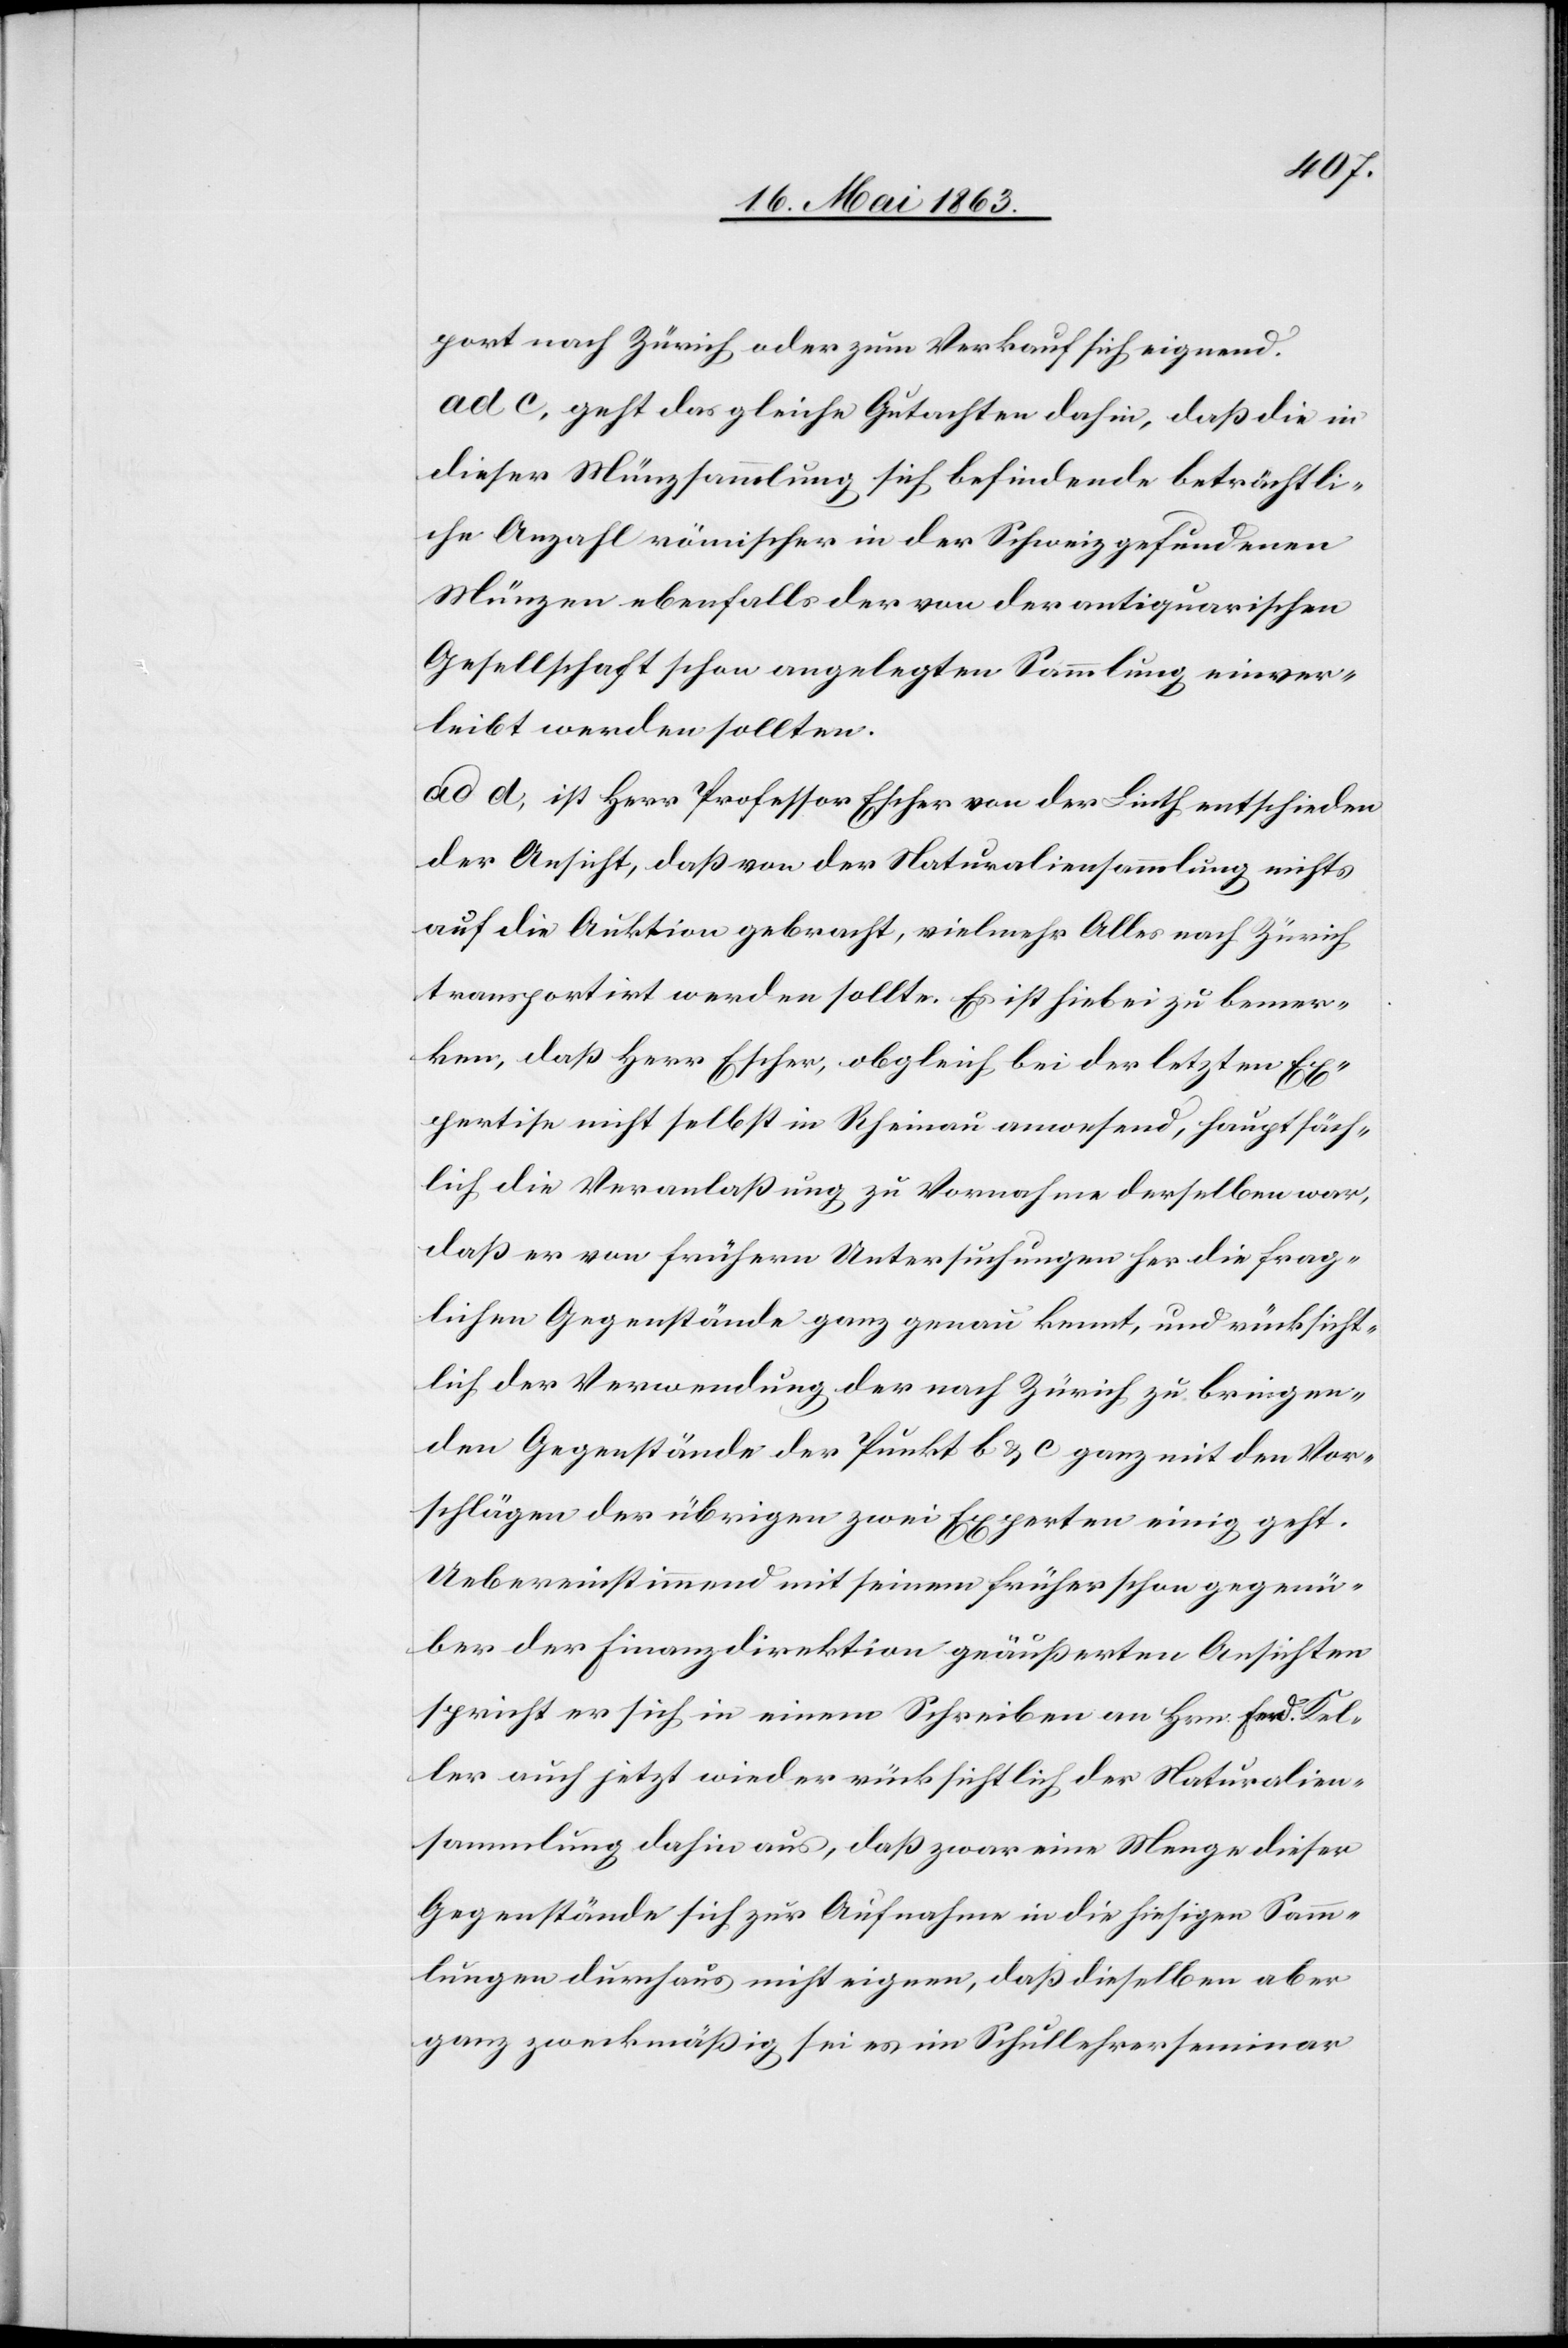
port nach Zürich oder zum Verkauf sich eignend.
ad c, geht das gleiche Gutachten dahin, daß die in
dieser Münzsammlung sich befindende beträchtli¬
che Anzahl römischer in der Schweiz gefundenen
Münzen ebenfalls der von der antiquarischen
Gesellschaft schon angelegten Sammlung einver¬
leibt werden sollten.
ad d, ist Herr Professor Escher von der Linth entschieden
der Ansicht, daß von der Naturaliensammlung nichts
auf die Auktion gebracht, vielmehr Alles nach Zürich
transportirt werden sollte. Es ist hiebei zu bemer¬
ken, daß Herr Escher, obgleich bei der letzten Ex¬
pertise nicht selbst in Rheinau anwesend, hauptsäch¬
lich die Veranlaßung zu Vornahme derselben war,
daß er von frühern Untersuchungen her die frag¬
lichen Gegenstände ganz genau kennt, und rücksicht¬
lich der Verwendung der nach Zürich zu bringen¬
den Gegenstände der Punkt b & c ganz mit den Vor¬
schlägen der übrigen zwei Experten einig geht.
Uebereinstimmend mit seinem [sic!] früher schon gegenü¬
ber der Finanzdirektion geäußerten Ansichten
spricht er sich in einem Schreiben an Hrn. Ferd. Kel¬
ler auch jetzt wieder rücksichtlich der Naturalien¬
sammlung dahin aus, daß zwar eine Menge dieser
Gegenstände sich zur Aufnahme in die hiesigen Samm¬
lungen durchaus nicht eignen, daß dieselben aber
ganz zweckmäßig sei es im Schullehrerseminar